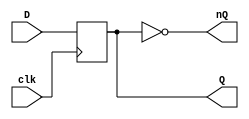
`timescale 1ns / 1ps
//////////////////////////////////////////////////////////////////////////////////
//  
// Created by Yaz YAMUR
// Design Name: D Flip Flop
// Module Name: D_FF
// 
// Description: A simple D flip flop circuit 
// 
//////////////////////////////////////////////////////////////////////////////////

module D_FF(
    input clk, //Clock signal
    input D,  //Data input
    output reg Q, //Output State
    output nQ  //Not State Output
    );
    assign nQ = ~Q; //nQ is assigned to "not Q"
    
    always @(posedge clk) begin
    Q <= D; //Writes the D input data to output state on each clock cycle
    end
endmodule